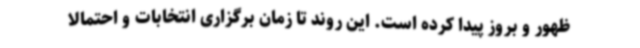
ظهور و بروز پیدا کرده است. این روند تا زمان برگزاری انتخابات و احتمالا